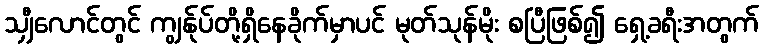
သျှီလောင်တွင် ကျွန်ုပ်တို့ရှိနေခိုက်မှာပင် မုတ်သုန်မိုး စပြီဖြစ်၍ ရှေ့ခရီးအတွက်